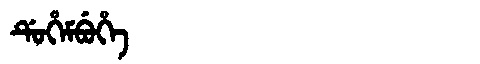
Manchu: ᡩᡠᡥᡝᠮᠪᡠᡥᡝ
Romanization: DUHEMBUHE